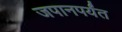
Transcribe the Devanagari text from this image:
जपानपर्यंत